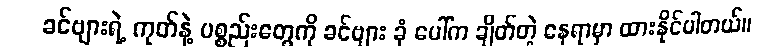
ခင်ဗျားရဲ့ ကုတ်နဲ့ ပစ္စည်းတွေကို ခင်ဗျား ခုံ ပေါ်က ချိတ်တဲ့ နေရာမှာ ထားနိုင်ပါတယ်။